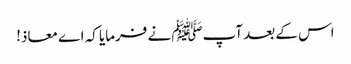
اس کے بعد آپﷺ نے فرمایا کہ اے معاذ!